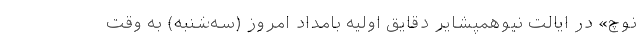
نوچ» در ایالت نیوهمپشایر دقایق اولیه بامداد امروز (سه‌شنبه) به وقت